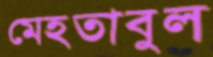
মেহতাবুল